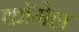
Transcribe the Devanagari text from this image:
कॉमेल